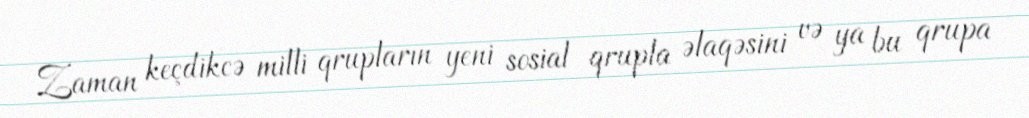
Zaman keçdikcə milli qrupların yeni sosial qrupla əlaqəsini və ya bu qrupa